Vaccine operations Central Provinces & Berar 1922-1929 - 1922-1929
Year: 1922
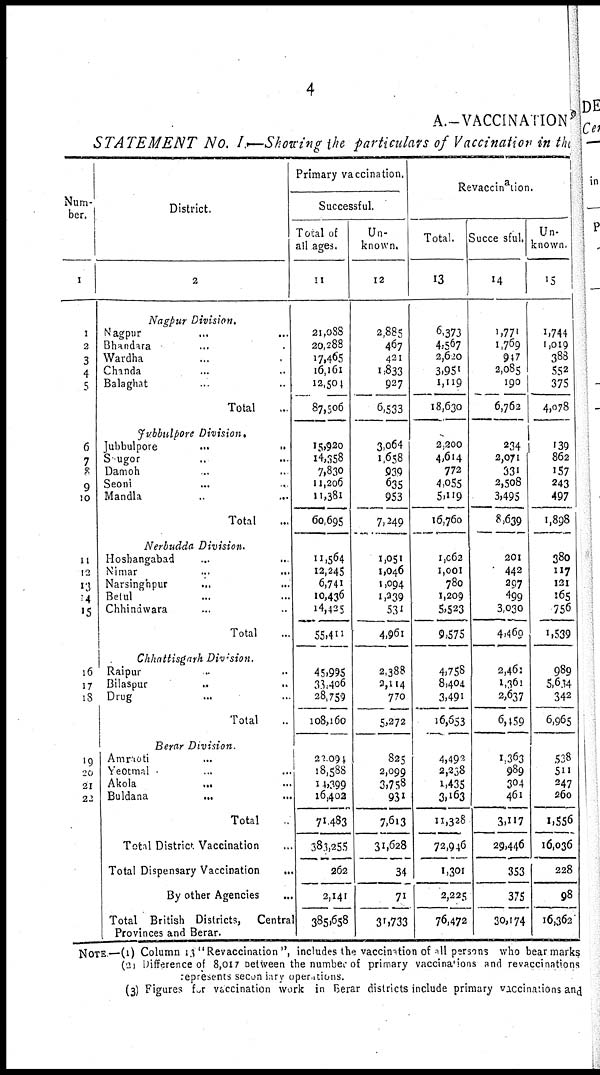
4
A.—VACCINATION
STATEMENT No. I.—Showing the particulars of Vaccination in the
Num-
ber.
1
1
2
3
4
5
6
7
8
9
10
11
12
13
14
15
16
17
18
19
20
21
22
District.
2
Nagpur Division.
Nagpur ... ...
Bhandara... ...
Wardha... ...
Chanda... ...
Balaghat... ...
Total..
Jubbulpore Division.
Jubbulpore...
...
Saugor... ...
Damoh... ...
Seoni... ...
Mandla...
...
Total...
Nerbudda Division.
Hoshangabad... ...
Nimar... ...
Narsinghpur... ...
Betul... ...
Chhindwara... ...
Total...
Chhattisgarh Division.
Raipur... ...
Bilaspur... ...
Drug... ...
Total...
Berar Division
Amraoti... ...
Yeotmal... ...
Akola...
...
Buldana... ...
Total.
Total District Vaccination
Total Dispensary
Vaccination...
By other Agencies...
Total British Districts, Central
Provinces and Berar.
Primary vaccination.
Successful.
Total of
all ages.
11
21,088
20,288
17,465
16,161
12,504
87,506
15,920
14,358
7,830
11,206
11,381
60,695
11,564
12,245
6,741
10,436
14,425
55,411
45,995
33,406
28,759
108,160
22,094
18,588
14,399
16,402
71,483
383,255
262
2,141
385,658
Un-
known.
12
2,885
467
421
1,833
927
6,533
3,064
1,658
939
635
953
7,249
1,051
1,046
1,094
1,239
531
4,961
2,388
2,114
770
5,272
825
2,099
3,758
931
7,613
31,628
34
71
31,733
Revaccination.
Total.
13
6,373
4,567
2,620
3,951
1,119
18,630
2,200
4,614
772
4,055
5,119
16,760
1,062
1,001
780
1,209
5,523
9,575
4,758
8,404
3,491
16,653
4,492
2,238
1,435
3,163
11,328
72,946
1,301
2,225
76,472
Succesful.
14
1,771
1,769
947
2,085
190
6,762
234
2,071
331
2,508
3,495
8,639
201
442
297
499
3,030
4,469
2,461
1,361
2,637
6,459
1,363
989
304
461
3,117
29,446
353
375
30,174
Un-
known.
15
1,744
1,019
388
552
375
4,078
139
862
157
243
497
1,898
380
117
131
165
756
1,539
989
5,634
342
6,965
538
511
247
260
1,556
16,036
228
98
16,362
NOTE—(1) Column 13 "Revaccination", includes the vaccination of all persons who bear marks
(2) Difference of 8,017 between the number of primary vaccinations and revaccinations
represents secondary operations.
(3) Figures for vaccination work in Berar districts include primary vaccinations and